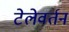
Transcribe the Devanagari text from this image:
टेलेवर्तन